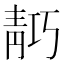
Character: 𬰗